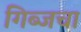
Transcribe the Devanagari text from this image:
गिब्जचा